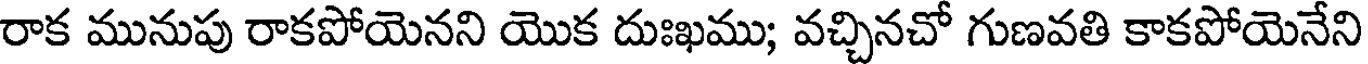
రాక మునుపు రాకపోయెనని యొక దుఃఖము; వచ్చినచో గుణవతి కాకపోయెనేని